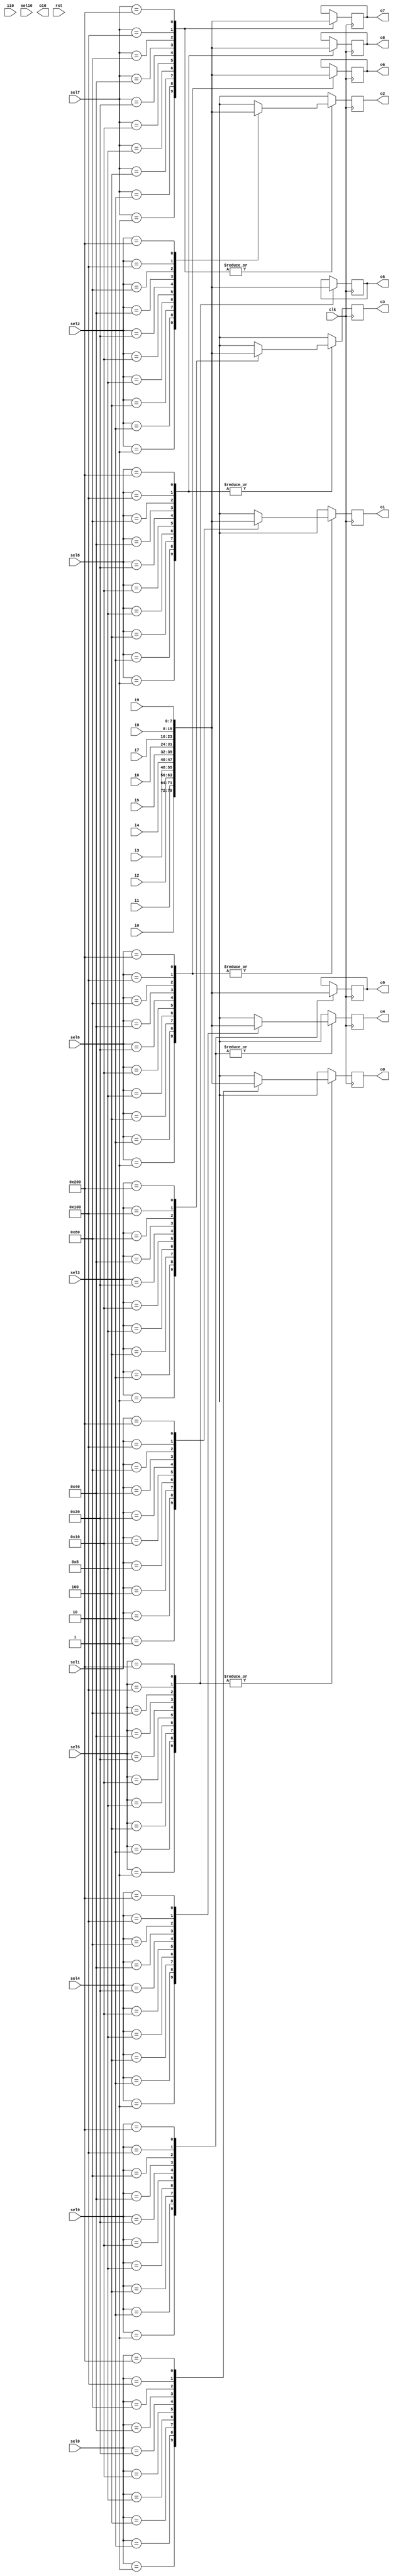
`timescale 1ns / 1ps
//////////////////////////////////////////////////////////////////////////////////
// Company: 
// Engineer: 
// 
// Design Name: 
// Module Name:    crossbar 
// Project Name: 
// Target Devices: 
// Tool versions: 
// Description: 
//
// Dependencies: 
//
// Revision: 
// Revision 0.01 - File Created
// Additional Comments: 
//
//////////////////////////////////////////////////////////////////////////////////
module crossbar(i0,i1,i2,i3,i4,i5,i6,i7,i8,i9, i10,
      sel0, sel1,sel2,sel3,sel4, sel5,sel6,sel7,sel8,sel9,sel10,
		o0,o1,o2,o3,o4,o5,o6,o7,o8,o9,o10,clk, rst
    );
input clk, rst;
input[7:0] i0,i1,i2,i3,i4,i5,i6,i7,i8,i9, i10;
output reg[7:0] o0,o1,o2,o3,o4,o5,o6,o7,o8,o9,o10;
input[9:0] sel0, sel1,sel2,sel3,sel4, sel5,sel6,sel7,sel8,sel9,sel10;
always @(posedge clk)
begin
case(sel0)
10'b0000000001: o0<=i0;
10'b0000000010: o0<=i1;
10'b0000000100: o0<=i2;
10'b0000001000: o0<=i3;
10'b0000010000: o0<=i4;
10'b0000100000: o0<=i5;
10'b0001000000: o0<=i6;
10'b0010000000: o0<=i7;
10'b0100000000: o0<=i8;
10'b1000000000: o0<=i9;
default: o0<=8'bxxxxxxxx;
endcase
case(sel1)
10'b0000000001: o1<=i0;
10'b0000000010: o1<=i1;
10'b0000000100: o1<=i2;
10'b0000001000: o1<=i3;
10'b0000010000: o1<=i4;
10'b0000100000: o1<=i5;
10'b0001000000: o1<=i6;
10'b0010000000: o1<=i7;
10'b0100000000: o1<=i8;
10'b1000000000: o1<=i9;
default: o1<=8'bxxxxxxxx;
endcase
case(sel2)
10'b0000000001: o2<=i0;
10'b0000000010: o2<=i1;
10'b0000000100: o2<=i2;
10'b0000001000: o2<=i3;
10'b0000010000: o2<=i4;
10'b0000100000: o2<=i5;
10'b0001000000: o2<=i6;
10'b0010000000: o2<=i7;
10'b0100000000: o2<=i8;
10'b1000000000: o2<=i9;
default: o2<=8'bxxxxxxxx;
endcase
case(sel3)
10'b0000000001: o3<=i0;
10'b0000000010: o3<=i1;
10'b0000000100: o3<=i2;
10'b0000001000: o3<=i3;
10'b0000010000: o3<=i4;
10'b0000100000: o3<=i5;
10'b0001000000: o3<=i6;
10'b0010000000: o3<=i7;
10'b0100000000: o3<=i8;
10'b1000000000: o3<=i9;
default: o3<=8'bxxxxxxxx;
endcase
case(sel4)
10'b0000000001: o4<=i0;
10'b0000000010: o4<=i1;
10'b0000000100: o4<=i2;
10'b0000001000: o4<=i3;
10'b0000010000: o4<=i4;
10'b0000100000: o4<=i5;
10'b0001000000: o4<=i6;
10'b0010000000: o4<=i7;
10'b0100000000: o4<=i8;
10'b1000000000: o4<=i9;
default: o4<=8'bxxxxxxxx;
endcase
case(sel5)
10'b0000000001: o5<=i0;
10'b0000000010: o5<=i1;
10'b0000000100: o5<=i2;
10'b0000001000: o5<=i3;
10'b0000010000: o5<=i4;
10'b0000100000: o5<=i5;
10'b0001000000: o5<=i6;
10'b0010000000: o5<=i7;
10'b0100000000: o5<=i8;
10'b1000000000: o5<=i9;
default: o0<=8'bxxxxxxxx;
endcase
case(sel6)
10'b0000000001: o6<=i0;
10'b0000000010: o6<=i1;
10'b0000000100: o6<=i2;
10'b0000001000: o6<=i3;
10'b0000010000: o6<=i4;
10'b0000100000: o6<=i5;
10'b0001000000: o6<=i6;
10'b0010000000: o6<=i7;
10'b0100000000: o6<=i8;
10'b1000000000: o6<=i9;
default: o1<=8'bxxxxxxxx;
endcase
case(sel7)
10'b0000000001: o7<=i0;
10'b0000000010: o7<=i1;
10'b0000000100: o7<=i2;
10'b0000001000: o7<=i3;
10'b0000010000: o7<=i4;
10'b0000100000: o7<=i5;
10'b0001000000: o7<=i6;
10'b0010000000: o7<=i7;
10'b0100000000: o7<=i8;
10'b1000000000: o7<=i9;
default: o2<=8'bxxxxxxxx;
endcase
case(sel8)
10'b0000000001: o8<=i0;
10'b0000000010: o8<=i1;
10'b0000000100: o8<=i2;
10'b0000001000: o8<=i3;
10'b0000010000: o8<=i4;
10'b0000100000: o8<=i5;
10'b0001000000: o8<=i6;
10'b0010000000: o8<=i7;
10'b0100000000: o8<=i8;
10'b1000000000: o8<=i9;
default: o3<=8'bxxxxxxxx;
endcase
case(sel9)
10'b0000000001: o9<=i0;
10'b0000000010: o9<=i1;
10'b0000000100: o9<=i2;
10'b0000001000: o9<=i3;
10'b0000010000: o9<=i4;
10'b0000100000: o9<=i5;
10'b0001000000: o9<=i6;
10'b0010000000: o9<=i7;
10'b0100000000: o9<=i8;
10'b1000000000: o9<=i9;
default: o4<=8'bxxxxxxxx;
endcase
$display("output local i0 %d, %t", i0, $time);
$display("output local i1 %d, %t", i1, $time);
$display("output local i2 %d, %t", i2, $time);
$display("output local i3 %d, %t", i3, $time);
$display("output local i4 %d, %t", i4, $time);
$display("select0 signal %b, %t", sel0, $time);
$display("select1 signal %b, %t", sel1, $time);
$display("select2 signal %b, %t", sel2, $time);
$display("select3 signal %b, %t", sel3, $time);
$display("select4 signal %b, %t", sel4, $time);


end
//sel1,sel2,sel3,sel4;
//assign o0= (i0&sel0);
//assign o0=((i0&~i1&~i2&~i3&~i4&sel0)|(~i0&i1&~i2&~i3&~i4&sel0)|(~i0&~i1&i2&~i3&~i4&sel0)|(~i0&~i1&~i2&i3&~i4&sel0)|(~i0&~i1&~i2&~i3&i4&sel0));
//assign o1=((i0&~i1&~i2&~i3&~i4&sel1)|(~i0&i1&~i2&~i3&~i4&sel1)|(~i0&~i1&i2&~i3&~i4&sel1)|(~i0&~i1&~i2&i3&~i4&sel1)|(~i0&~i1&~i2&~i3&i4&sel1));
//assign o2=((i0&~i1&~i2&~i3&~i4&sel2)|(~i0&i1&~i2&~i3&~i4&sel2)|(~i0&~i1&i2&~i3&~i4&sel2)|(~i0&~i1&~i2&i3&~i4&sel2)|(~i0&~i1&~i2&~i3&i4&sel2));
//assign o3=((i0&~i1&~i2&~i3&~i4&sel3)|(~i0&i1&~i2&~i3&~i4&sel3)|(~i0&~i1&i2&~i3&~i4&sel3)|(~i0&~i1&~i2&i3&~i4&sel3)|(~i0&~i1&~i2&~i3&i4&sel3));
//assign o4=((i0&~i1&~i2&~i3&~i4&sel4)|(~i0&i1&~i2&~i3&~i4&sel4)|(~i0&~i1&i2&~i3&~i4&sel4)|(~i0&~i1&~i2&i3&~i4&sel4)|(~i0&~i1&~i2&~i3&i4&sel4));
endmodule